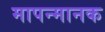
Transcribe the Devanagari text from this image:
मापन्मानक